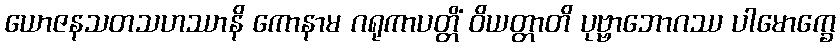
ယောဇနသတသဟဿာနိ ကောနာမ ဂရုကာပတ္တိံ ဝိယတ္တာတိ ပုဗ္ဗာဘောဂဿ ပါမောက္ခေ